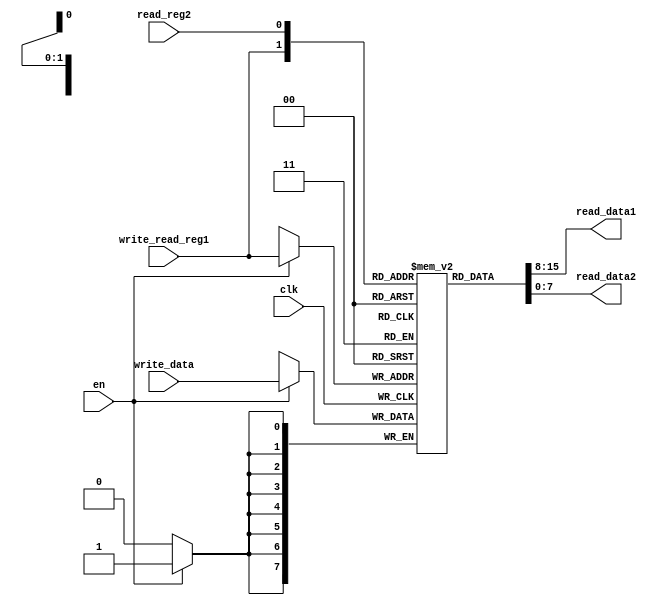
module reg_file(
input clk,en,
input write_read_reg1, read_reg2,
input [7:0]write_data,
output [7:0]read_data1,read_data2
);
reg [7:0]array[1:0];
integer a,i;
initial
begin
for(a=0; a<2; a=a+1)
	begin
	array[a]<=8'b0;
	end
end

always@(posedge clk)
begin
	if (en)
		array[write_read_reg1]<=write_data;
end
assign read_data1=array[write_read_reg1];
assign read_data2=array[read_reg2];

task print;
	for(i=0; i<2; i=i+1)
		$display("Register[%h] = %b", i, array[i]);
endtask

endmodule